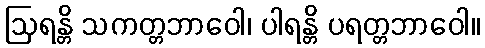
ဩရန္တိ သကတ္တဘာဝေါ၊ ပါရန္တိ ပရတ္တဘာဝေါ။